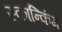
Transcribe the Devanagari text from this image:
स्कान्किंग